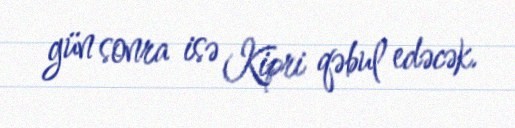
gün sonra isə Kipri qəbul edəcək.